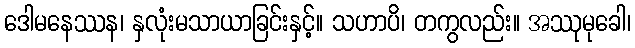
ဒေါမနေဿန၊ နှလုံးမသာယာခြင်းနှင့်။ သဟာပိ၊ တကွလည်း။ အဿုမုခေါ၊